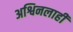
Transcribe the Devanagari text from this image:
अश्विनलाही